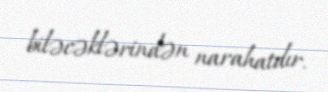
biləcəklərindən narahatdır.